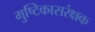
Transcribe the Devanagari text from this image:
मुष्टिकासरंक्षक